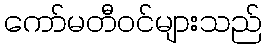
ကော်မတီဝင်များသည်